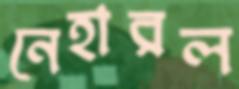
নেহারল